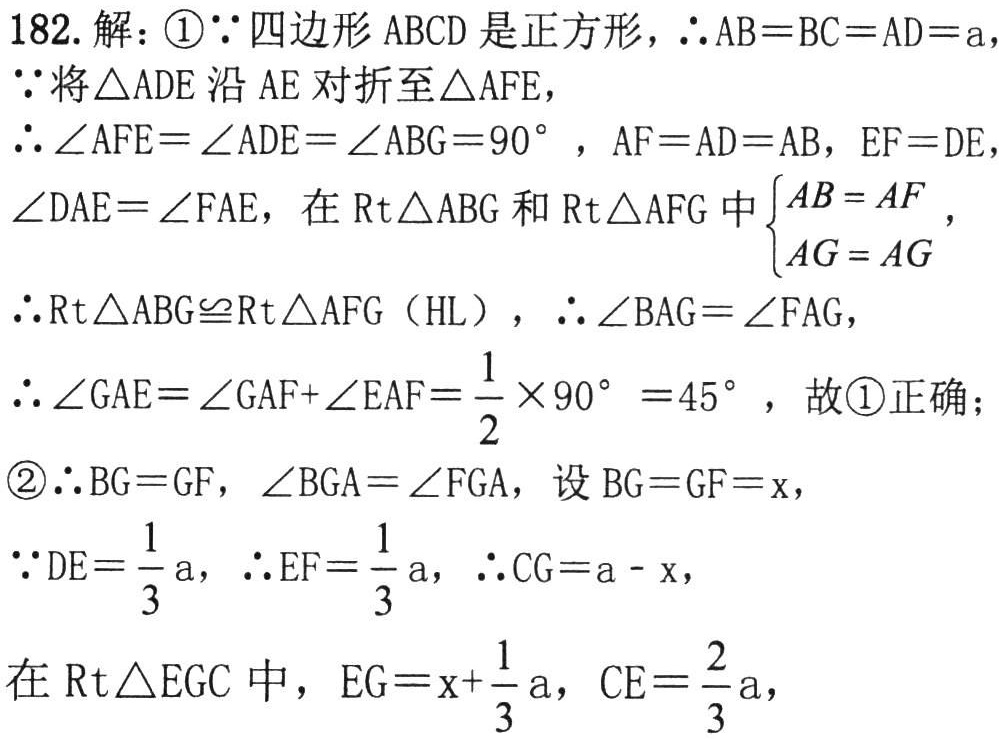
182. 解：

\textcircled{1}$\because$四边形 \(ABCD\) 是正方形，\(\therefore AB = BC = AD = a\)，

\(\because\)将\(\triangle ADE\)沿 \(AE\) 对折至\(\triangle AFE\)，

\(\therefore\angle AFE=\angle ADE=\angle ABG = 90^{\circ}\)，\(AF = AD = AB\)，\(EF = DE\)，

\(\angle DAE=\angle FAE\)，在\(Rt\triangle ABG\)和\(Rt\triangle AFG\)中\(\begin{cases}AB = AF\\AG = AG\end{cases}\)，

\(\therefore Rt\triangle ABG\cong Rt\triangle AFG\)（HL），\(\therefore\angle BAG=\angle FAG\)，

\(\therefore\angle GAE=\angle GAF+\angle EAF=\frac{1}{2}\times90^{\circ}=45^{\circ}\)，故\textcircled{1}正确；

\textcircled{2}\(\therefore BG = GF\)，\(\angle BGA=\angle FGA\)，设 \(BG = GF = x\)，

\(\because DE=\frac{1}{3}a\)，\(\therefore EF=\frac{1}{3}a\)，\(\therefore CG = a - x\)，

在\(Rt\triangle EGC\)中，\(EG = x+\frac{1}{3}a\)，\(CE=\frac{2}{3}a\)，